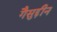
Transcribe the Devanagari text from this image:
गैसुद्दीन